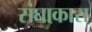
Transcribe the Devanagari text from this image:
संघाकारा